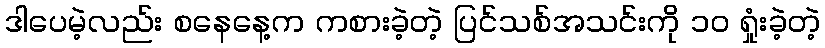
ဒါပေမဲ့လည်း စနေနေ့က ကစားခဲ့တဲ့ ပြင်သစ်အသင်းကို ၁၀ ရှုံးခဲ့တဲ့